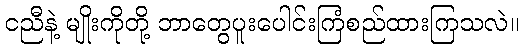
ငညီနဲ့ မျိုးကိုတို့ ဘာတွေပူးပေါင်းကြံစည်ထားကြသလဲ။